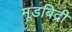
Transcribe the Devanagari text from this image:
मूडबिद्री